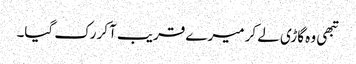
تبھی وہ گاڑی لے کر میرے قریب آکر رک گیا۔